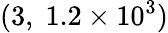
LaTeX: (3,\; 1.2\times 10^{3})